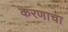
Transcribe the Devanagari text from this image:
करणाचा